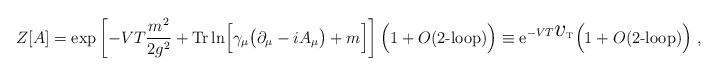
LaTeX: \begin{align*}Z[A]=\exp \left[ - VT { m^{2}\over 2g^{2}} + {\rm Tr} \ln \Bigl[ \gamma_{\mu} \bigl( \partial_{\mu}- iA_{\mu}\bigr) + m \Bigr] \right] \Bigl( 1 + O(\mbox{$2$-loop}) \Bigr) \equiv{\mathrm e}^{-VT {\mbox{\Large$v$}}_{\rm T}} \Bigl( 1 + O(\mbox{$2$-loop}) \Bigr) \ , \end{align*}